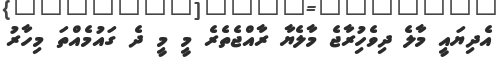
އެދިޔައީ މާލެ ދިވެހިުރާޖެ މާލެޔާ ރާއްޖެތެރެ މީ މީ ދެ ގައުމެއްތަ މިހާރު